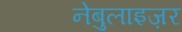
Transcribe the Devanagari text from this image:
नेबुलाइज़र